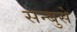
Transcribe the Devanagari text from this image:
सन्बुसे